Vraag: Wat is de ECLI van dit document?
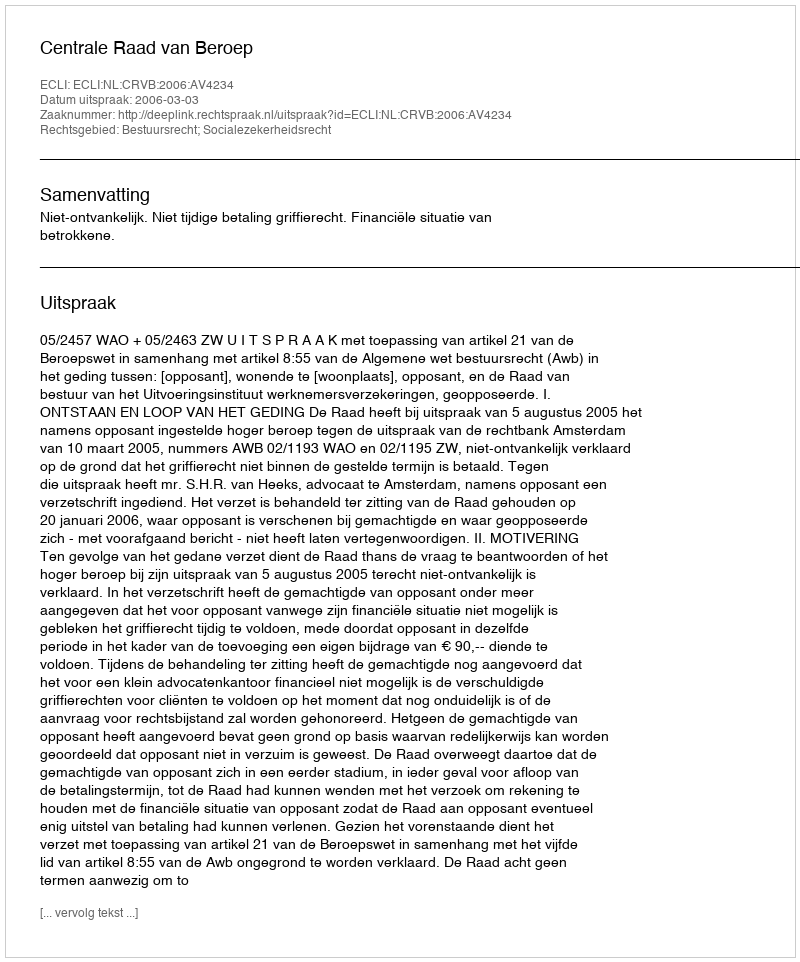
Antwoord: ECLI:NL:CRVB:2006:AV4234